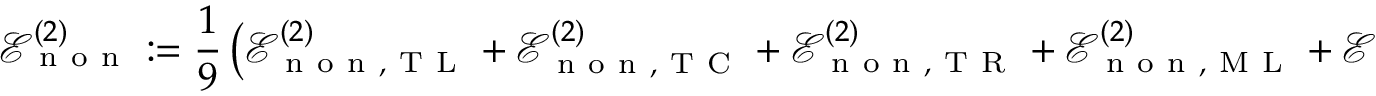
\mathcal { E } _ { \mathrm { ~ n ~ o ~ n ~ } } ^ { ( 2 ) } : = \frac { 1 } { 9 } \left( \mathcal { E } _ { \mathrm { ~ n ~ o ~ n ~ } , \mathrm { ~ T ~ L ~ } } ^ { ( 2 ) } + \mathcal { E } _ { \mathrm { ~ n ~ o ~ n ~ } , \mathrm { ~ T ~ C ~ } } ^ { ( 2 ) } + \mathcal { E } _ { \mathrm { ~ n ~ o ~ n ~ } , \mathrm { ~ T ~ R ~ } } ^ { ( 2 ) } + \mathcal { E } _ { \mathrm { ~ n ~ o ~ n ~ } , \mathrm { ~ M ~ L ~ } } ^ { ( 2 ) } + \mathcal { E } _ { \mathrm { ~ n ~ o ~ n ~ } , \mathrm { ~ M ~ C ~ } } ^ { ( 2 ) } + \mathcal { E } _ { \mathrm { ~ n ~ o ~ n ~ } , \mathrm { ~ M ~ R ~ } } ^ { ( 2 ) } + \mathcal { E } _ { \mathrm { ~ n ~ o ~ n ~ } , \mathrm { ~ B ~ L ~ } } ^ { ( 2 ) } + \mathcal { E } _ { \mathrm { ~ n ~ o ~ n ~ } , \mathrm { ~ B ~ C ~ } } ^ { ( 2 ) } + \mathcal { E } _ { \mathrm { ~ n ~ o ~ n ~ } , \mathrm { ~ B ~ R ~ } } ^ { ( 2 ) } \right) .